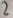
Text: 2